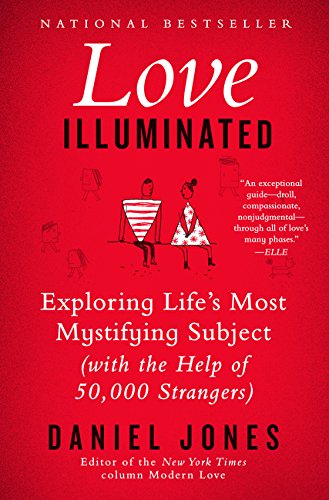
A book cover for Love Illuminated: Exploring Life's Most Mystifying Subject (With the Help of 50,000 Strangers); Daniel Jones; Self-Help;